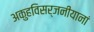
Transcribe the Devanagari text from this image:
अकुहविसर्जनीयानां